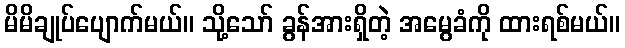
မိမိချုပ်ပျောက်မယ်။ သို့သော် ခွန်အားရှိတဲ့ အမွေခံကို ထားရစ်မယ်။